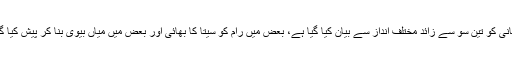
اس کہانی کو تین سو سے زائد مختلف انداز سے بیان کیا گیا ہے، بعض میں رام کو سیتا کا بھائی اور بعض میں میاں بیوی بنا کر پیش کیا گیا ہے۔